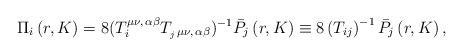
LaTeX: \begin{align*}\Pi _i\left( r,K\right) =8(T_i^{\mu \nu ,\,\alpha \beta}T_{_j\,\mu \nu ,\,\alpha \beta })^{-1}\bar P_j\left( r,K\right) \equiv8\left( T_{ij}\right) ^{-1}\bar P_j\left(r,K\right),\end{align*}